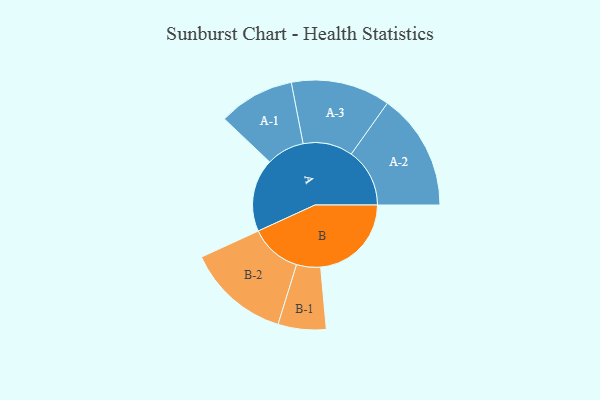
{"axis": {"x": "Segment", "y": "Value"}, "legend": ["", "A", "B"], "data": [{"x": "A", "y": 307, "type": ""}, {"x": "B", "y": 382, "type": ""}, {"x": "A-1", "y": 160, "type": "A"}, {"x": "A-2", "y": 246, "type": "A"}, {"x": "A-3", "y": 209, "type": "A"}, {"x": "B-1", "y": 101, "type": "B"}, {"x": "B-2", "y": 217, "type": "B"}]}